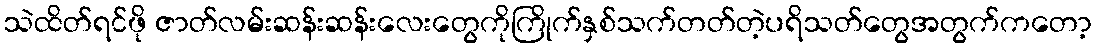
သဲထိတ်ရင်ဖို ဇာတ်လမ်းဆန်းဆန်းလေးတွေကိုကြိုက်နှစ်သက်တတ်တဲ့ပရိသတ်တွေအတွက်ကတော့